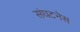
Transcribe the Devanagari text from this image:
संघटनेस